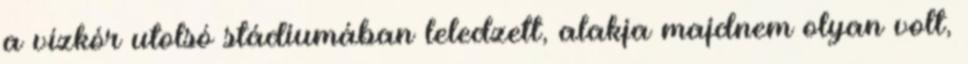
a vízkór utolsó stádiumában leledzett, alakja majdnem olyan volt,